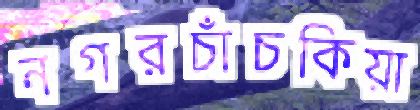
নগরচাঁচকিয়া